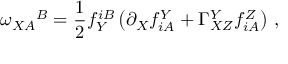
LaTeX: \omega _ { X A } { } ^ { B } = \frac 1 2 f _ { Y } ^ { i B } \left( \partial _ { X } f _ { i A } ^ { Y } + \Gamma _ { X Z } ^ { Y } f _ { i A } ^ { Z } \right) \, ,